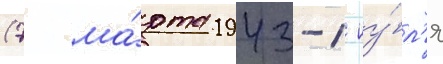
(7 ма́рта 1943-1 иу́л'я